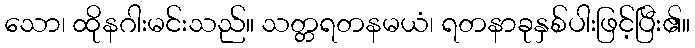
သော၊ ထိုနဂါးမင်းသည်။ သတ္တရတနမယံ၊ ရတနာခုနှစ်ပါးဖြင့်ပြီး၏။